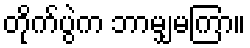
တိုက်ပွဲက ဘာမျှမကြာ။